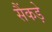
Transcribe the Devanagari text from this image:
सैंकड़े